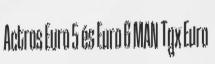
Actros Euro 5 és Euro 6 MAN Tgx Euro